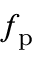
f _ { \mathrm { p } }